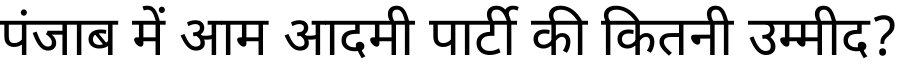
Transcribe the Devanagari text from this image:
पंजाब में आम आदमी पार्टी की कितनी उम्मीद?